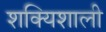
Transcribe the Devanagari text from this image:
शक्यिशाली